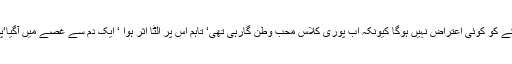
مجھے یقین تھا کہ اب لمبے لڑکے کو کوئی اعتراض نہیں ہوگا کیونکہ اب پوری کلاس محب وطن گارہی تھی‘ تاہم اُس پر الٹا اثر ہوا ‘ ایک دم سے غصے میں آگیا‘پوری قوت سے چلایا’’خاموش‘‘۔